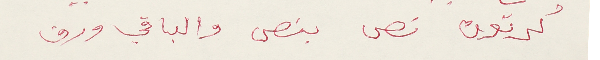
كرتون نص بنص والباقي ورق